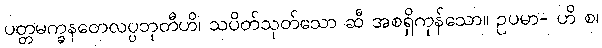
ပတ္တမက္ခနတေလပ္ပဘုတီဟိ၊ သပိတ်သုတ်သော ဆီ အစရှိကုန်သော။ ဥပမာ- ဟိ စ၊